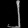
Digit: ၂